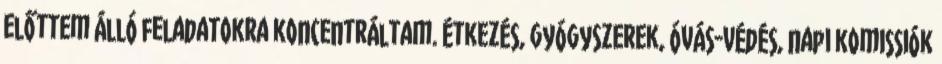
előttem álló feladatokra koncentráltam. étkezés, gyógyszerek, óvás-védés, napi komissiók